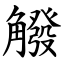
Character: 䚨